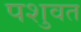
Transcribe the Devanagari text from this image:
पशुवत